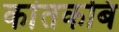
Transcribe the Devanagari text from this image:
कांतकबि